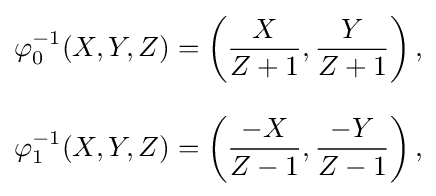
{\begin{aligned}\varphi _{0}^{-1}(X,Y,Z)&=\left({\frac {X}{Z+1}},{\frac {Y}{Z+1}}\right),\\[8pt]\varphi _{1}^{-1}(X,Y,Z)&=\left({\frac {-X}{Z-1}},{\frac {-Y}{Z-1}}\right),\end{aligned}}